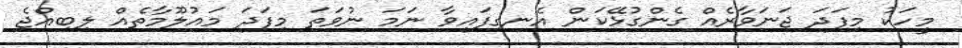
މީހަކު މިފަދަ ޖަނަވާރެއް ގެންގުޅޭކަން އެނގިފައިވާ ނަމަ ނުވަތަ މިފަދަ މައުލޫމާތެއް ލިބިއްޖެ